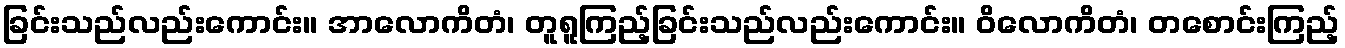
ခြင်းသည်လည်းကောင်း။ အာလောကိတံ၊ တူရူကြည့်ခြင်းသည်လည်းကောင်း။ ဝိလောကိတံ၊ တစောင်းကြည့်